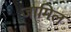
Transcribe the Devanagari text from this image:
जामिल